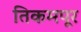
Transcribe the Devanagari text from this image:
तिकमपूर